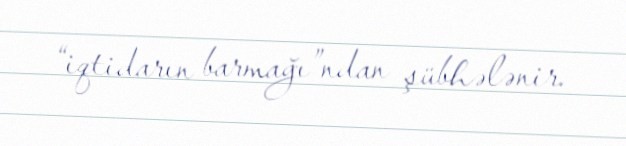
“iqtidarın barmağı”ndan şübhələnir.